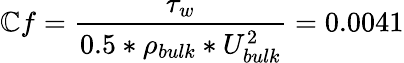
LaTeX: \mathbb{C}f=\frac{{\tau_{w}}}{{0.5*\rho_{bulk}*U_{bulk}^{2}}}=0.0041